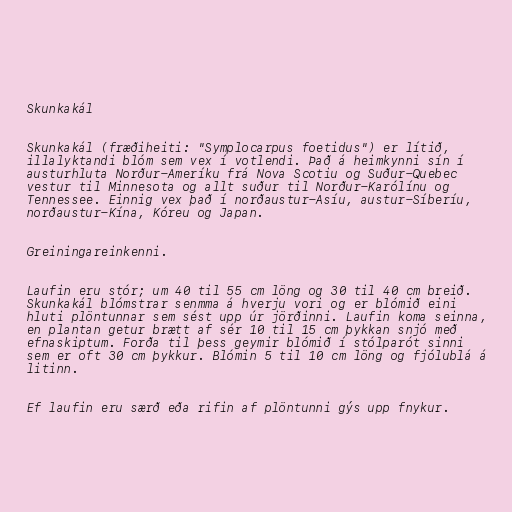
Skunkakál

Skunkakál (fræðiheiti: "Symplocarpus foetidus") er lítið,
illalyktandi blóm sem vex í votlendi. Það á heimkynni sín í
austurhluta Norður-Ameríku frá Nova Scotiu og Suður-Quebec
vestur til Minnesota og allt suður til Norður-Karólínu og
Tennessee. Einnig vex það í norðaustur-Asíu, austur-Síberíu,
norðaustur-Kína, Kóreu og Japan.

Greiningareinkenni.

Laufin eru stór; um 40 til 55 cm löng og 30 til 40 cm breið.
Skunkakál blómstrar senmma á hverju vori og er blómið eini
hluti plöntunnar sem sést upp úr jörðinni. Laufin koma seinna,
en plantan getur brætt af sér 10 til 15 cm þykkan snjó með
efnaskiptum. Forða til þess geymir blómið í stólparót sinni
sem er oft 30 cm þykkur. Blómin 5 til 10 cm löng og fjólublá á
litinn.

Ef laufin eru særð eða rifin af plöntunni gýs upp fnykur.